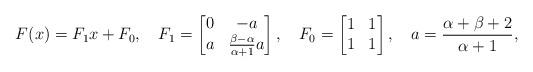
LaTeX: \begin{align*}F(x)&=F_1x+F_0 ,&F_1&=\begin{bmatrix}0&-a\\\-a&\frac{\beta-\alpha}{\alpha+1}a\end{bmatrix}, &F_0&=\begin{bmatrix}1&1\\1&1\end{bmatrix},& a&=\frac{\alpha+\beta+2}{\alpha+1},\end{align*}